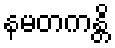
နမတကန္တိ